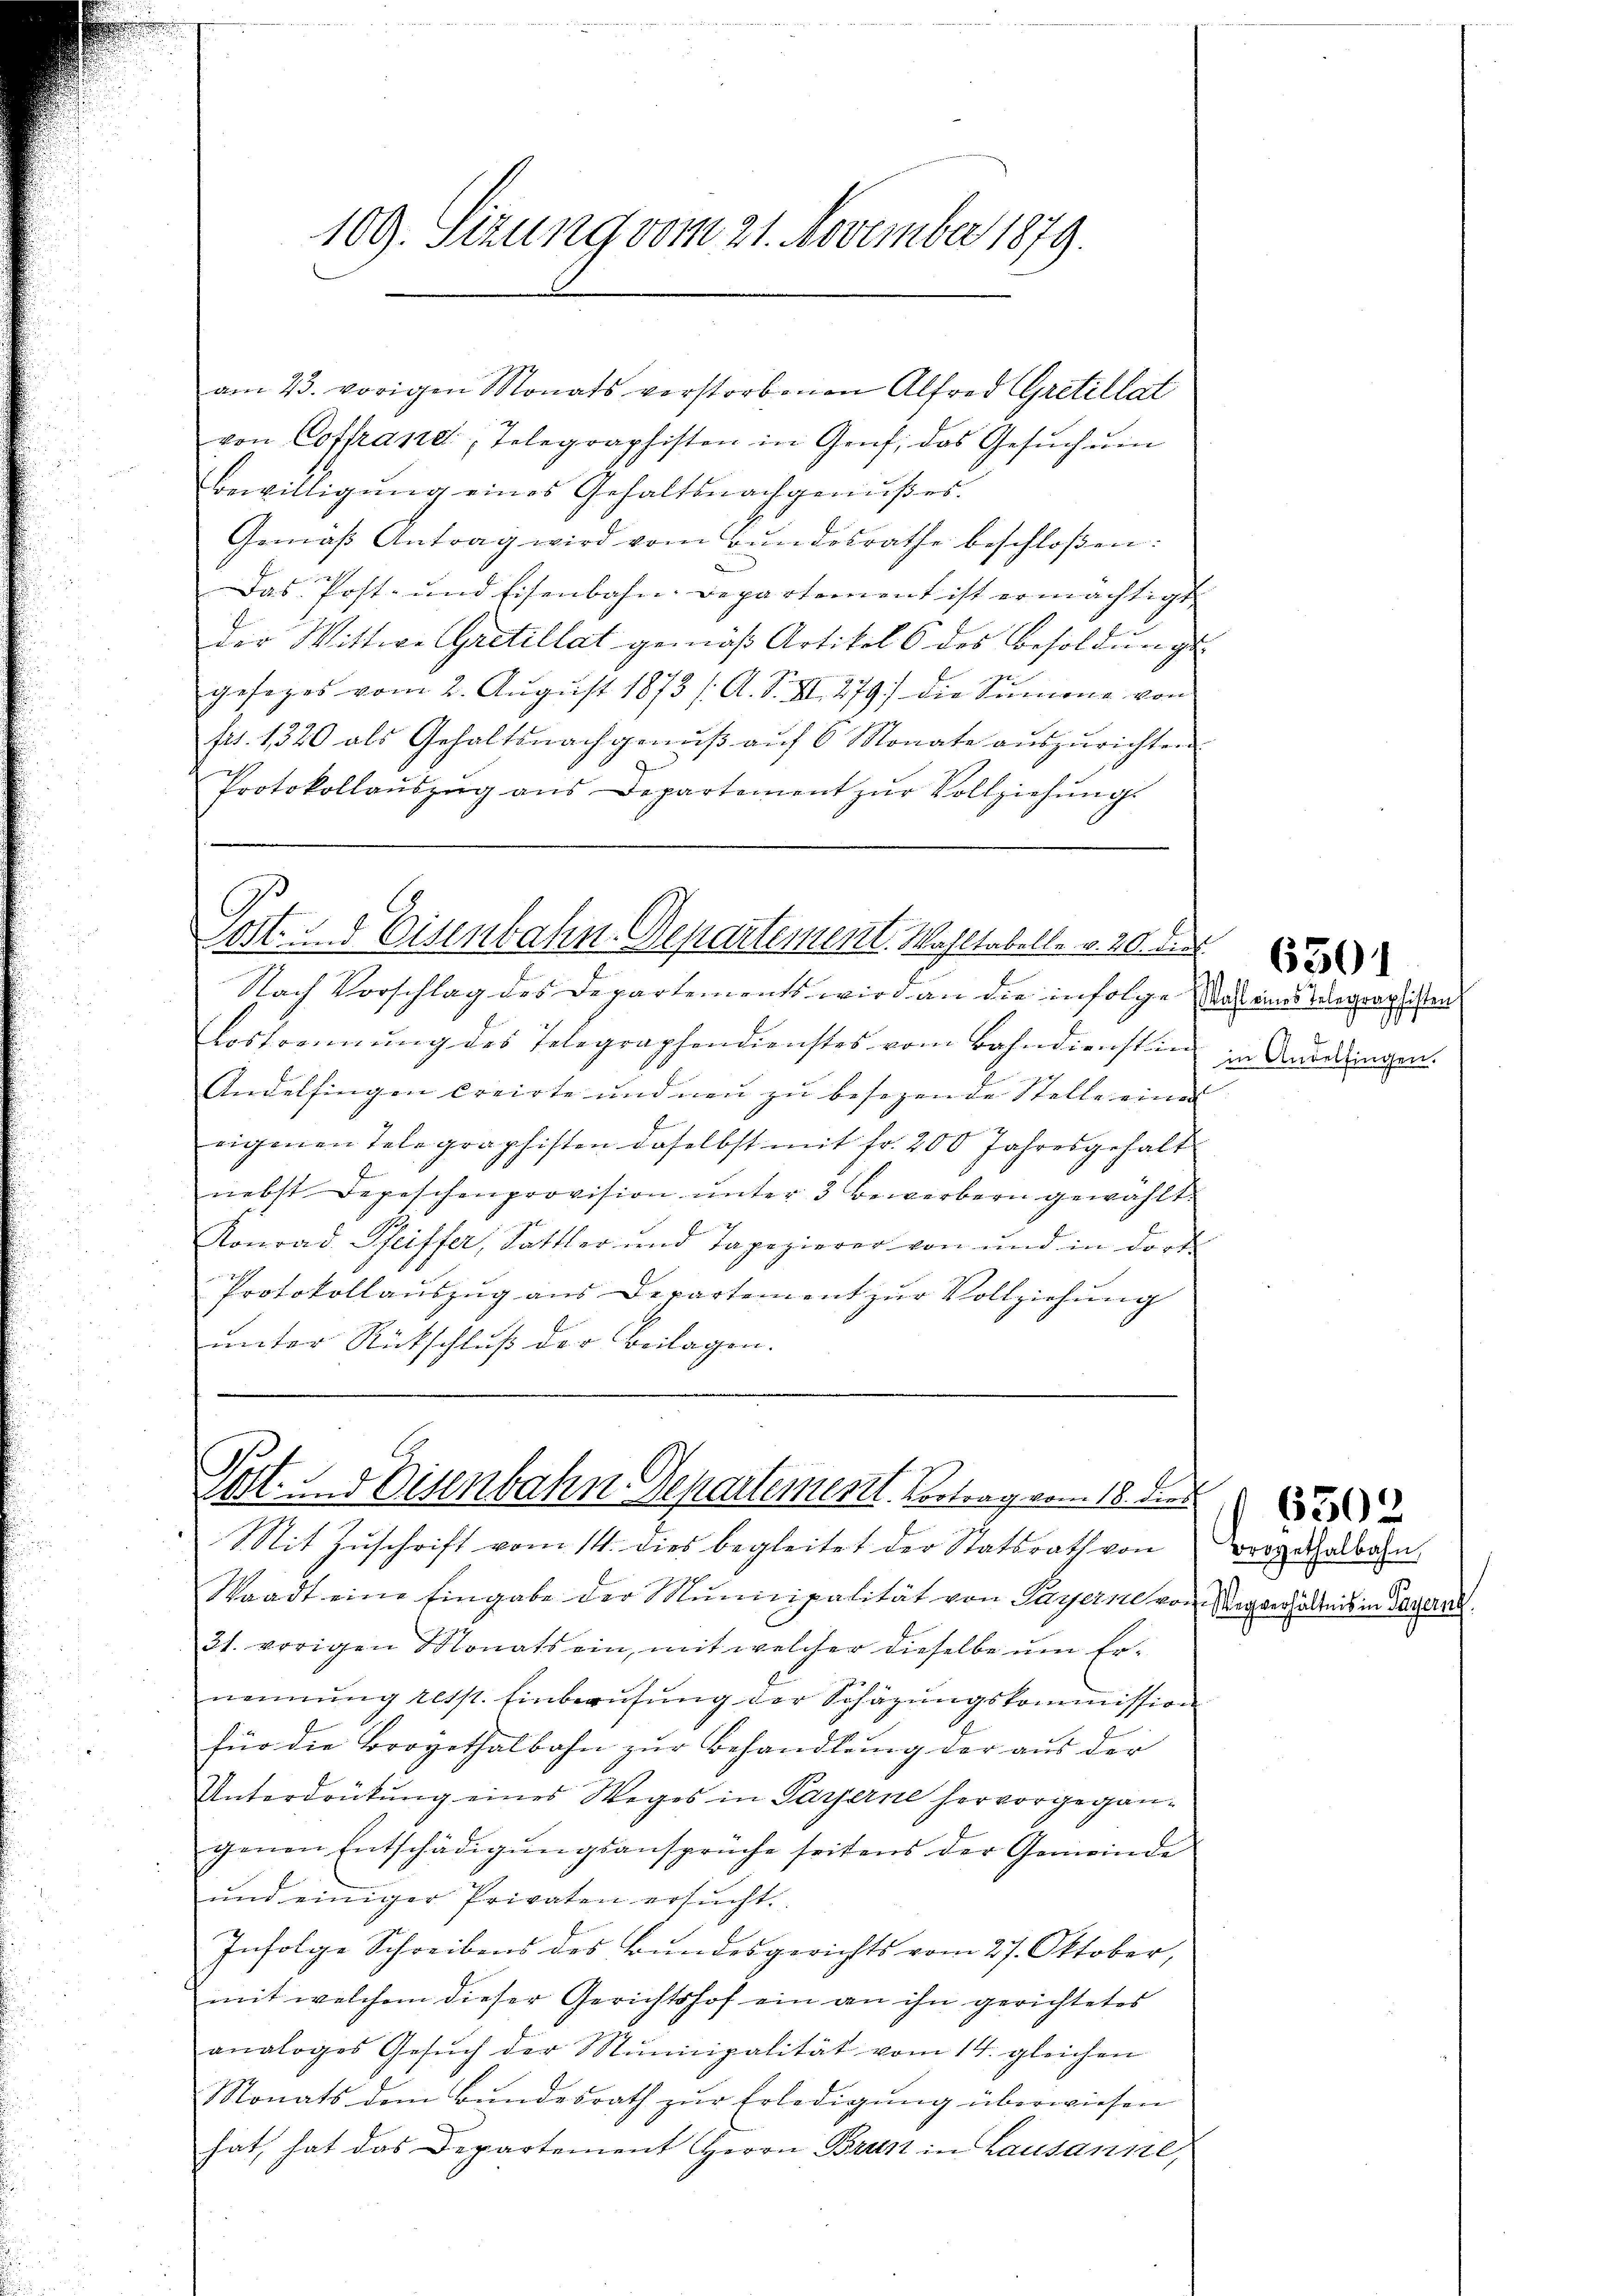
109. Sizung vom 21. November 1879.

am 23. vorigen Monats verstorbenen Alfred Gretillat
von Coffrand, Telegraphisten in Gruf, das Gesuch um
Bewilligŭng eines Gehaltsnachgenŭβes.
Gemäβ Antrag wird vom Bundesrathe beschloßen:
Das Post- und Eisenbahn-Departement ist ermächtigt
Der Wittwe Gretillat gemäß Artikel 6 des Besoldungs
gesages vom 2. August 1873 /A. S. II. 279) die Summe von
fit. 1320 als Gehaltsnachgemäβ aŭf 6 Monate aŭszŭrichten
Protokollaŭszŭg ans Departement zŭr Vollziehŭng.

Nach Vorschlag des Departements wird an die infolge das eines Wegraphien
Lostrennung des Telegraphendienstes vom Bahndienst in
Andelfingen creirte und neu zu besezende Stelle eines
E
eigenen Telegraphisten daselbst mit fr. 200 Jahresgehalt
nebst Depeschenprovision unter 3 Bewerbern gewählt.
Konrad Seiffer, Sattler und Tapezierer von und in dort
Protokollauszug aus Departement zur Vollziehung
unter Rückschluß der Beilagen.

Post- u. Eisenbahn. Departement. Wahltabelle v. 20. de

Post. Eisenbahn Departement. Vortrag vom 18. d

Mit Zuschrift vom 14. dies begleitet der Statsrath von
Waadt eine Eingabe der Municipalität von Payerne von Nerverhältnis in Tagend
31. vorigen Monats ein, mit welcher dieselbe um Ernennung resst. Einberufung der Schäzŭngskommission
für die Brogethalbahn zur Behandlung der aus der
Unterdrütung eines Weges in Parzerne hervorgegangenen Entschädigŭngsansprüche seitens der Gemeinde
ŭnd einiger Privaten ersŭcht.
Infolge Schreibens des Bundesgerichts vom 27. Oktober,
mit welchem dieser Gerichtshof ein an ihn gerichtetes
analoges Gesŭch der Municipalität vom 14. gleichen
Monats dem Bundesrath zŭr Erledigung überwiesen
hat, hat das Departement Herrn Brust in Lausanne,

17.
e
in Andelfingen.

Brogethalbahn